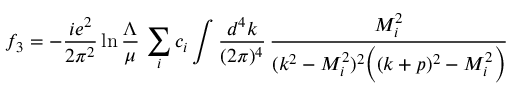
f _ { 3 } = - \frac { i e ^ { 2 } } { 2 \pi ^ { 2 } } \ln \frac { \Lambda } { \mu } \, \sum _ { i } c _ { i } \int \frac { d ^ { 4 } k } { ( 2 \pi ) ^ { 4 } } \, \frac { M _ { i } ^ { 2 } } { ( k ^ { 2 } - M _ { i } ^ { 2 } ) ^ { 2 } \Big ( ( k + p ) ^ { 2 } - M _ { i } ^ { 2 } \Big ) } \qquad \quad